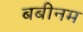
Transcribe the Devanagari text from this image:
बबीनम